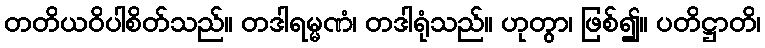
တတိယဝိပါစိတ်သည်။ တဒါရမ္မဏံ၊ တဒါရုံသည်။ ဟုတွာ၊ ဖြစ်၍။ ပတိဋ္ဌာတိ၊